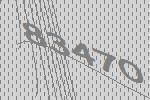
83470